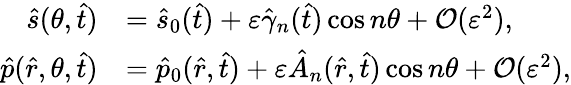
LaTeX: \begin{array}{rl}{\hat{s}(\theta,\hat{t})}&{=\hat{s}_{0}(\hat{t})+\varepsilon\hat{\gamma}_{n}(\hat{t})\cos n\theta+\mathcal{O}(\varepsilon^{2}),}\\ {\hat{p}(\hat{r},\theta,\hat{t})}&{=\hat{p}_{0}(\hat{r},\hat{t})+\varepsilon\hat{A}_{n}(\hat{r},\hat{t})\cos n\theta+\mathcal{O}(\varepsilon^{2}),}\end{array}